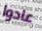
عادوا